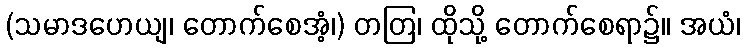
(သမာဒဟေယျ၊ တောက်စေအံ့၊) တတြ၊ ထိုသို့ တောက်စေရာ၌။ အယံ၊